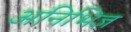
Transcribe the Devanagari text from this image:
अनिभिज्ञ